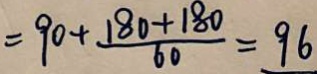
= 9 0 + \frac { 1 8 0 + 1 8 0 } { 6 0 } = 9 6